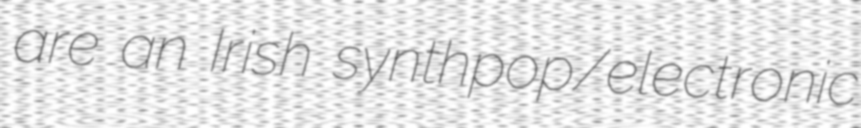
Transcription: are an Irish synthpop/electronic